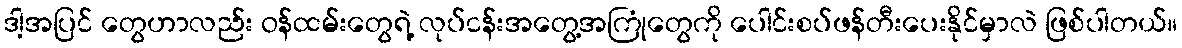
ဒါ့အပြင် တွေဟာလည်း ဝန်ထမ်းတွေရဲ့ လုပ်ငန်းအတွေ့အကြုံတွေကို ပေါင်းစပ်ဖန်တီးပေးနိုင်မှာလဲ ဖြစ်ပါတယ်။